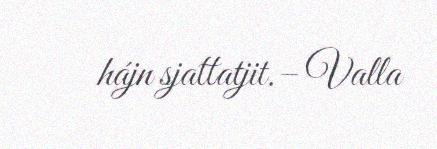
hájn sjattatjit.– Valla